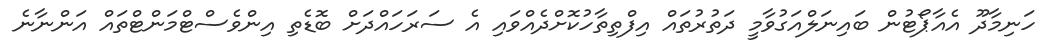
ހަނިމާދޫ އެއާޕޯޓުން ބައިނަލްއަގުވާމީ ދަތުރުތައް އިފްތިތާހުކޮށްދެއްވައި އެ ސަރަހައްދަށް ބޮޑެތި އިންވެސްޓްމަންޓްތައް އަންނާނެ